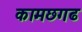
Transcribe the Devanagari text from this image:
कामछगढ